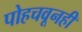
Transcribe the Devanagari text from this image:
पोहचवूनही